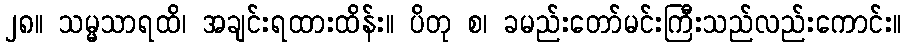
၂၈။ သမ္မသာရထိ၊ အချင်းရထားထိန်း။ ပိတု စ၊ ခမည်းတော်မင်းကြီးသည်လည်းကောင်း။